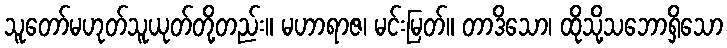
သူတော်မဟုတ်သူယုတ်တို့တည်း။ မဟာရာဇ၊ မင်းမြတ်။ တာဒိသော၊ ထိုသို့သဘောရှိသော